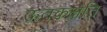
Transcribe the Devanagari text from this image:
ऊतकक्षति